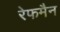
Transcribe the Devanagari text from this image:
रेफमैन